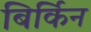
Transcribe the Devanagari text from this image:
बिर्किन